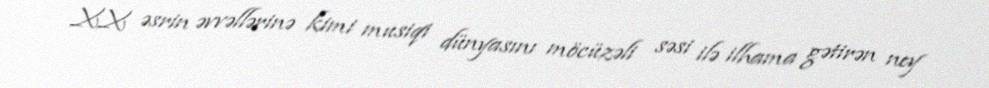
XX əsrin əvvəllərinə kimi musiqi dünyasını möcüzəli səsi ilə ilhama gətirən ney